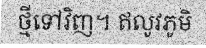
ថ្មីទៅវិញ។ ឥលូវភូមិ